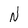
Character: N